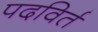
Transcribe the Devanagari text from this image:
पदविर्त